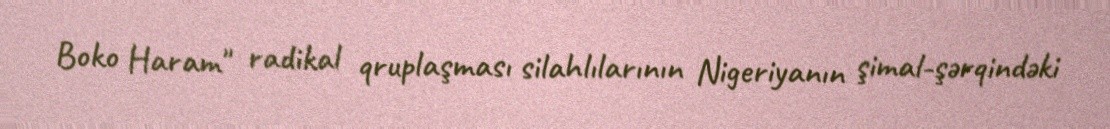
Boko Haram" radikal qruplaşması silahlılarının Nigeriyanın şimal-şərqindəki